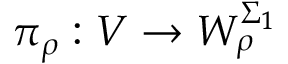
\pi _ { \rho } : V \to W _ { \rho } ^ { \Sigma _ { 1 } }